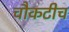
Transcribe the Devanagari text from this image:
चौकटीच